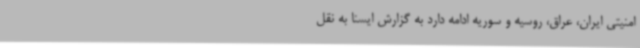
امنیتی ایران، عراق، روسیه و سوریه ادامه دارد به گزارش ایسنا به نقل